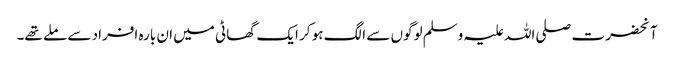
آنحضرت صلی اللہ علیہ وسلم لوگوں سے الگ ہو کر ایک گھاٹی میں ان بارہ افراد سے ملے تھے۔